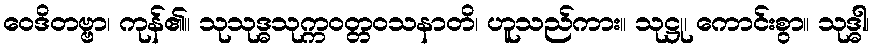
ဝေဒိတဗ္ဗာ၊ ကုန်၏။ သုသုဒ္ဓသုက္ကဝတ္တဝသနာတိ၊ ဟူသည်ကား။ သုဋ္ဌု၊ ကောင်းစွာ။ သုဒ္ဓါ၊